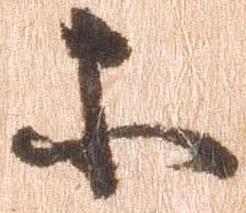
等